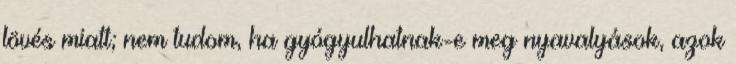
lövés miatt; nem tudom, ha gyógyulhatnak-e meg nyavalyások, azok